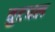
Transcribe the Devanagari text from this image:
वुटवल